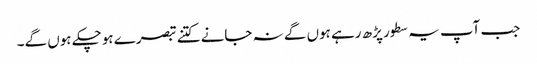
جب آپ یہ سطور پڑھ رہے ہوں گے نہ جانے کتنے تبصرے ہوچکے ہوں گے۔